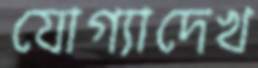
যোগ্যাদেখ